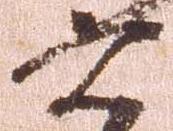
六